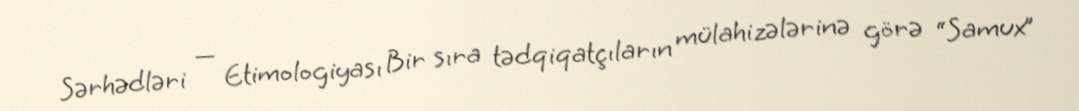
Sərhədləri — Etimologiyası Bir sıra tədqiqatçıların mülahizələrinə görə “Samux”